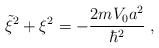
\begin{align*}\tilde{\xi}^2+ \xi^{2} = - \frac{2 mV_{0} a^{2} }{ \hbar^{2}}\; ,\end{align*}